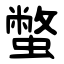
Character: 蟞